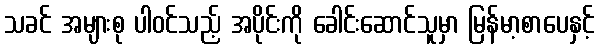
သခင် အများစု ပါဝင်သည့် အပိုင်းကို ခေါင်းဆောင်သူမှာ မြန်မာ့စာပေနှင့်